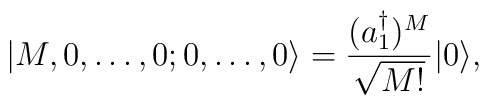
|M,0,\ldots,0;0,\ldots,0\rangle=    {(a_1^\dagger)^M\over\sqrt{M!}}|0\rangle,